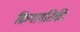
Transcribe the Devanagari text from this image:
क्रियागतिकी